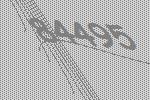
84495